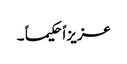
عزیزاً حکیما ً ۔